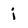
Character: i